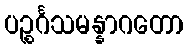
ပဉ္စင်္ဂသမန္နာဂတော